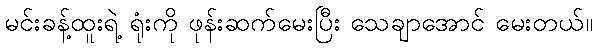
မင်းခန့်ထူးရဲ့ ရုံးကို ဖုန်းဆက်မေးပြီး သေချာအောင် မေးတယ်။